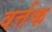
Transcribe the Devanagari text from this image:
वर्त्तक